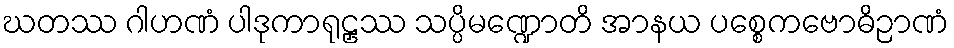
ဃတဿ ဂါဟဏံ ပါဒုကာရုဠှဿ သပ္ပိမဏ္ဍောတိ အာနယ ပစ္စေကဗောဓိဉာဏံ